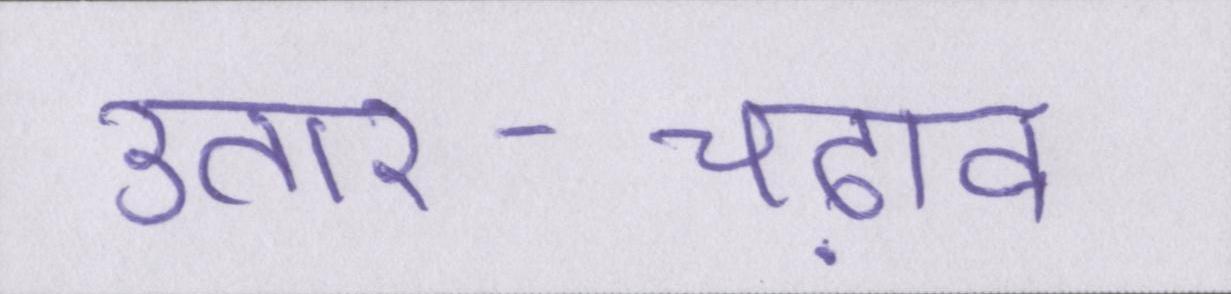
उतार-चढ़ाव